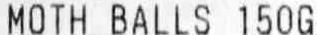
MOTH BALLS 150G